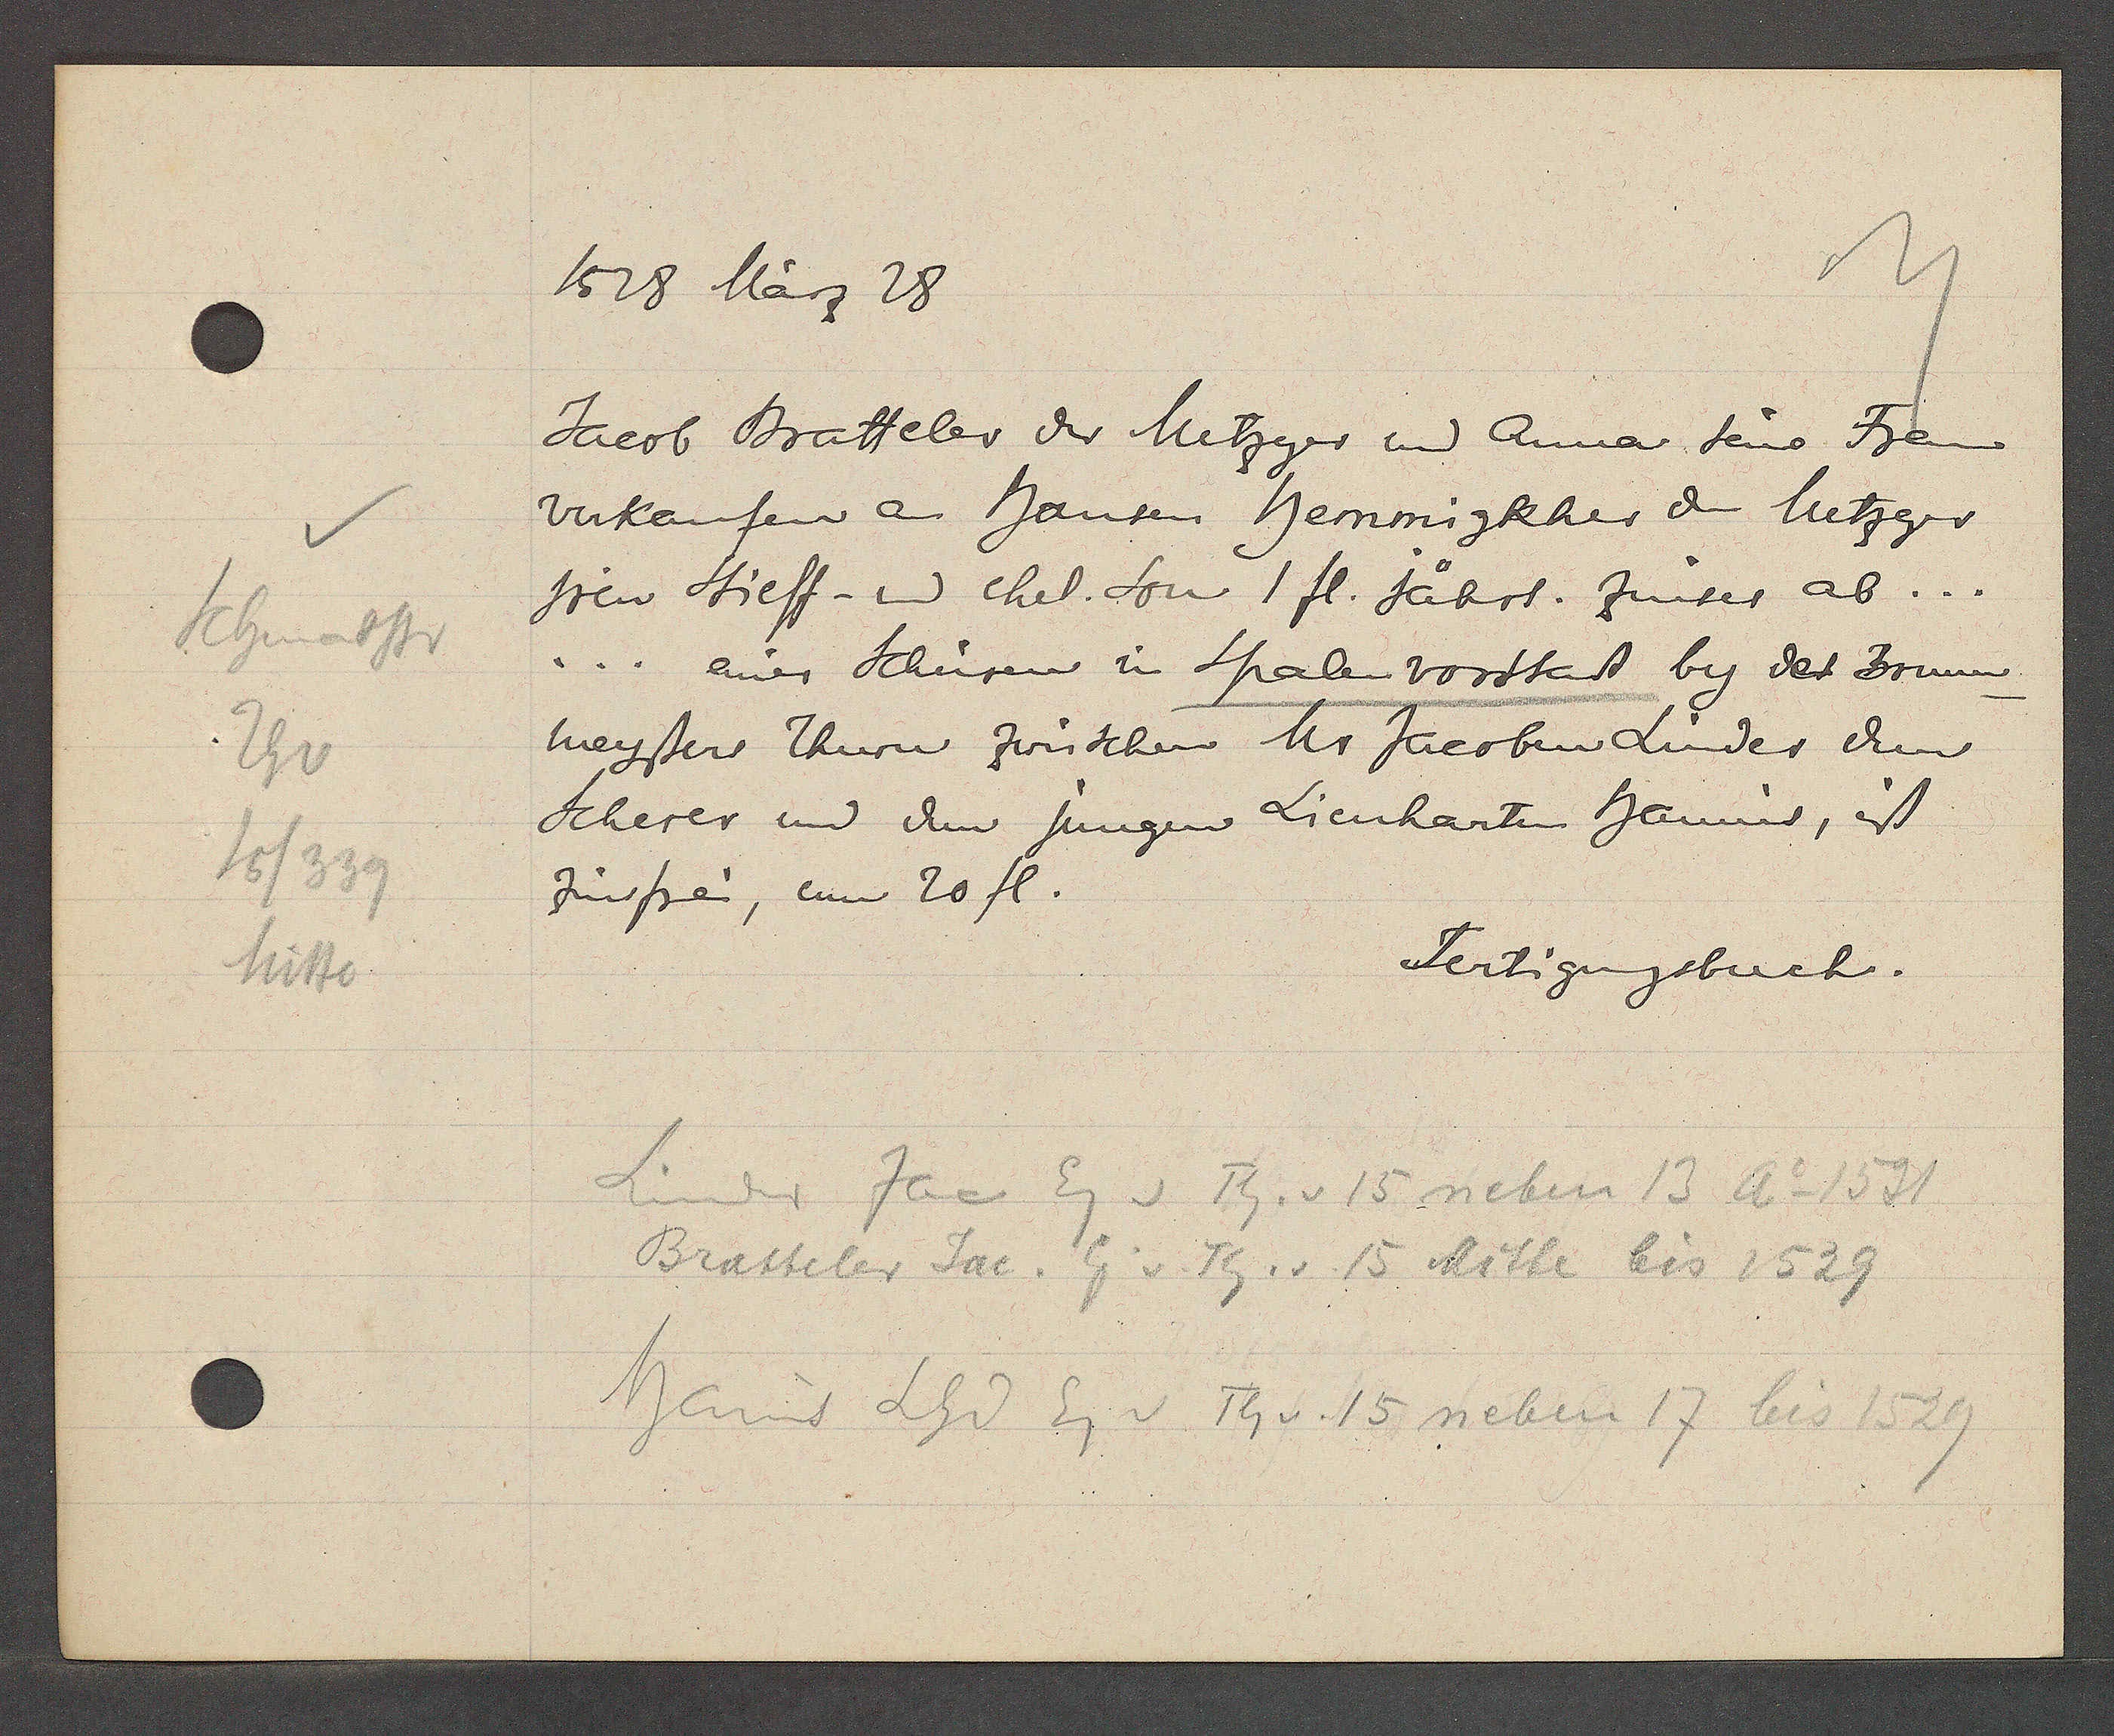
Transcript:
Schmatstr
Th v
15/339
Mitte

1528 März 28

Jacob Bratteler der Metzger und Anna seine Frau
verkaufen an Hansen hemmigkher den Metzger
jren Stieff- und ehel. Son 1 fl. jährl. zinses ab...
... einer Schüren in Spalenvorstatt by der Brunn
meyster Thurn zwüschen Mr. Jacoben Linder dem
Scherer und dem jungen Lienharten Hannis, ist
zinsfrei, um 20 fl.

Fertigungsbuch.

Linder Jac Eg v Th. v 15 neben 13 Ao 1531
Bratteler Jac. Eig v. Th. v. 15 Mitte bis 1529
hanns Lhd Eg v Th v. 15 neben 17 bis 1529